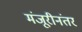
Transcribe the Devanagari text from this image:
मंजूरीनंतर